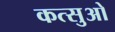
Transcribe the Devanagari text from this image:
कत्सुओ